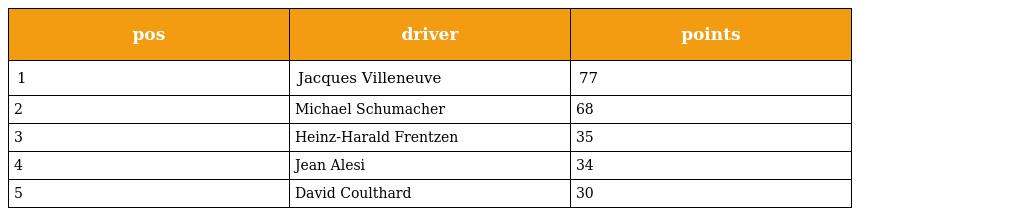
| pos | driver | points |
 | --- | --- | --- |
 | 1 | Jacques Villeneuve | 77 |
 | 2 | Michael Schumacher | 68 |
 | 3 | Heinz-Harald Frentzen | 35 |
 | 4 | Jean Alesi | 34 |
 | 5 | David Coulthard | 30 |